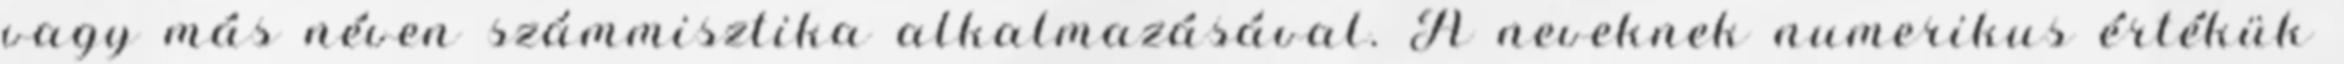
vagy más néven számmisztika alkalmazásával. A neveknek numerikus értékük